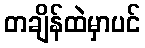
တချိန်ထဲမှာပင်